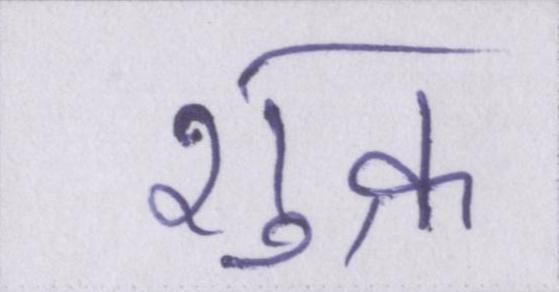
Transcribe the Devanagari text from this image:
शुक्र